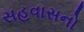
સહવાસનો